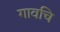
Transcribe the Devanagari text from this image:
गावचि